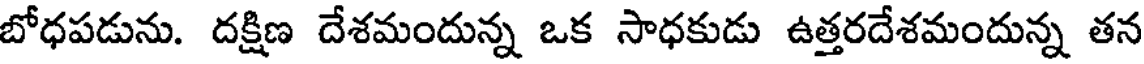
బోధపడును. దక్షిణ దేశమందున్న ఒక సాధకుడు ఉత్తరదేశమందున్న తన